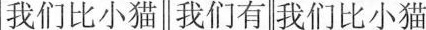
我们比小猫 我们有 我们比小猫